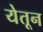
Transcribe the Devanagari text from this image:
येतून